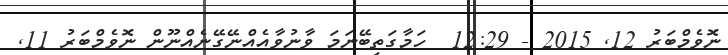
ނޮވެމްބަރު 12